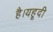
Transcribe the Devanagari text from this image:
है।यहूदी